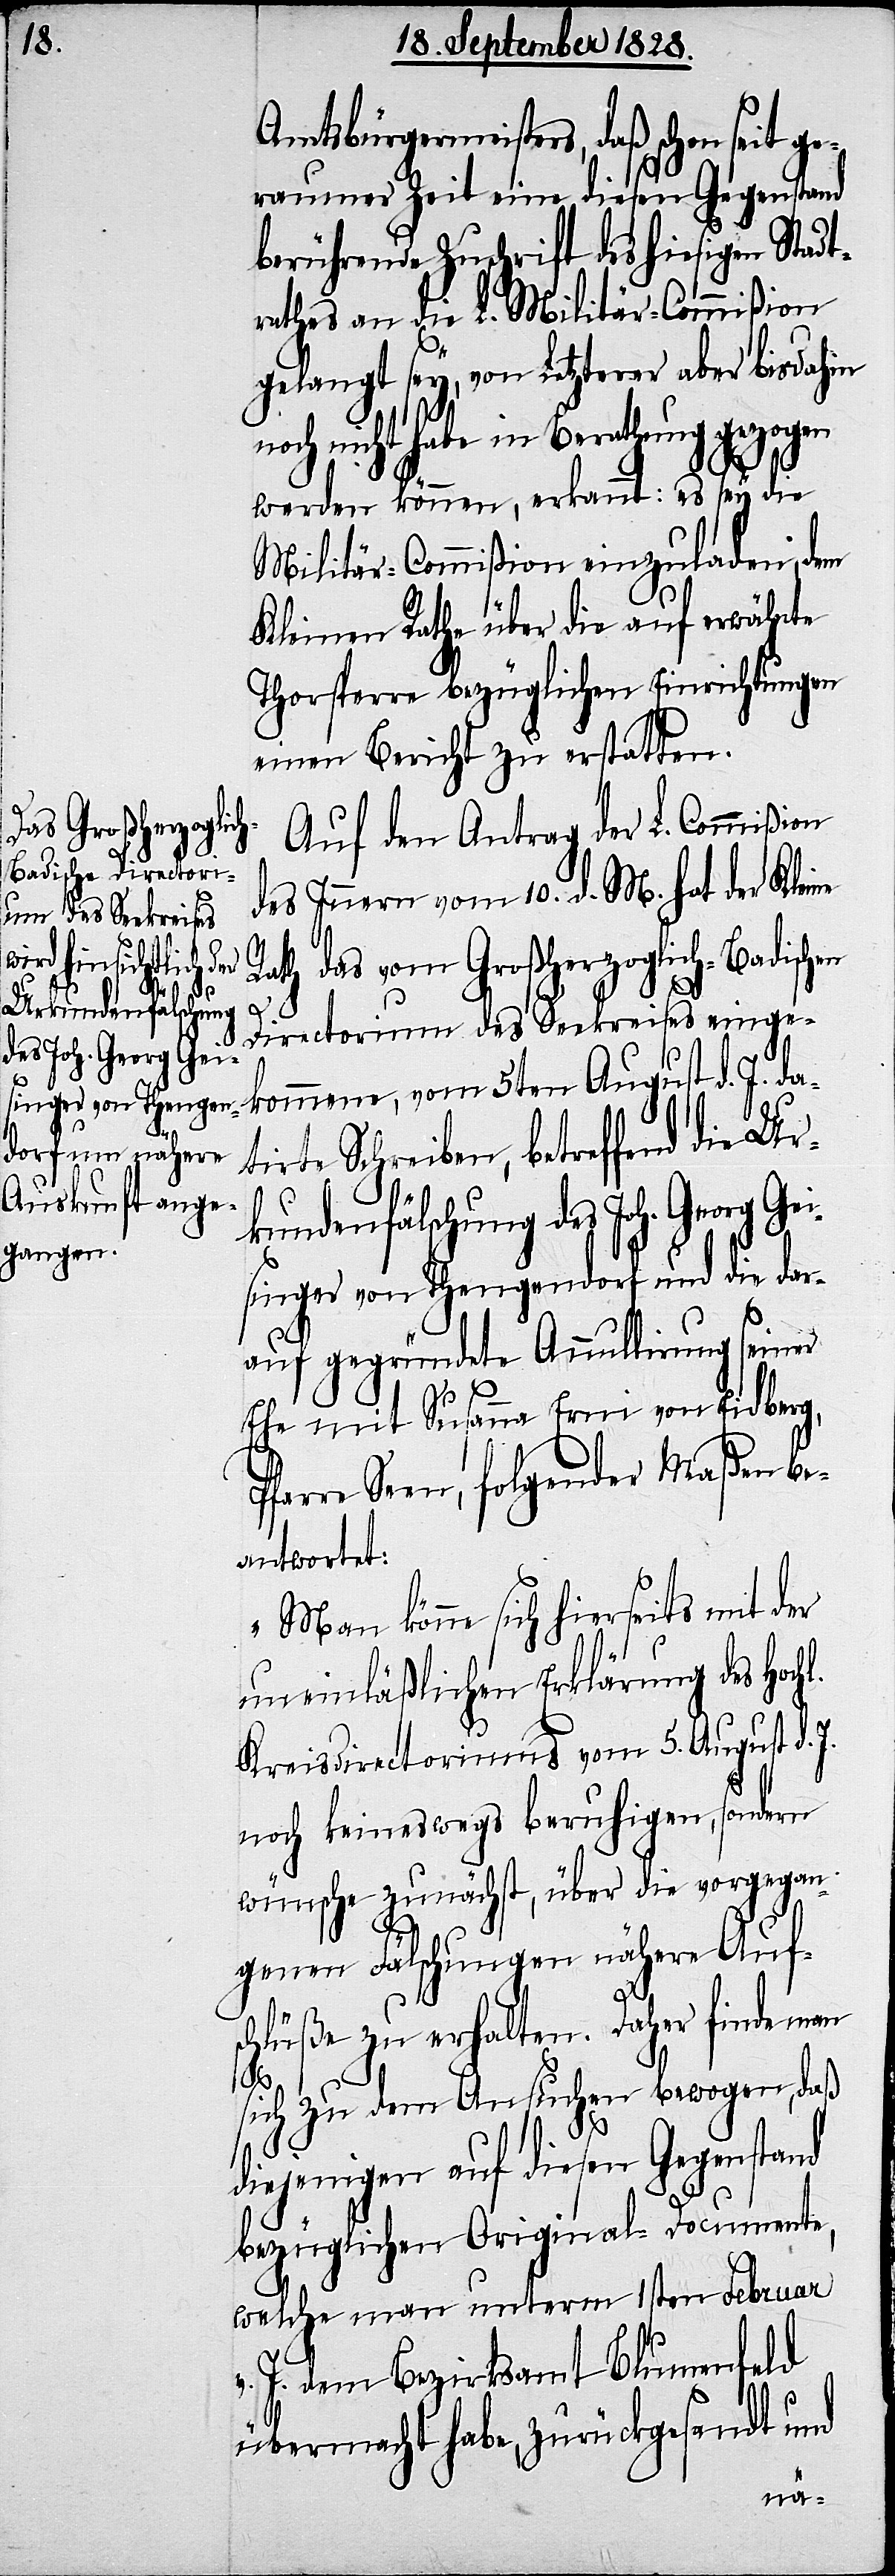
Urkundenfälschung
des Joh. Georg Gei¬

Amtsburgermeisters, daß schon seit ge¬
raumer Zeit eine diesen Gegenstand
berührende Zuschrift des hiesigen Stadt¬
rathes an die L. Militär-Commißion
gelangt sey, von Letzterer aber bisdahin
nicht habe in Berathung gezogen
werden können, erkannt: es sey die
Militär-Commißion einzuladen, dem
Kleine Rathe über die auf erwähnte
Thorsperre bezüglichen Einrichtungen
einen Bericht zu erstatten.
Auf den Antrag der L. Commißion
des Innern vom 10. d. M. hat der Kleine
Rath das vom Großherzoglich-Badischen
Directorium des Seekreises einge¬
kommene, vom 5ten August d. J. da¬
tirte Schreiben, betreffend die
singer von Thengendorf und die dar¬
auf gegründete Annulirung seiner
Ehe mit Susanna Erni von Eidberg,
Pfarre Seen, folgender Maßen be¬
antwortet:
„Man könne sich hierseits mit der
uneinläßlichen Erklärung des Hoch¬
Kreisdirectoriums vom 5. August d. J.
noch keineswegs beruhigen, sondern
wünsche zunächst, über die vorgegan¬
genen Fälschungen nähere Auf¬
l.
schlüße zu erhalten. Daher finde man
sich zu dem Ansuchen bewogen, daß
diejenigen auf diesen Gegenstand
bezüglichen Original-Documente,
welche man unterm 1sten Februar
J. dem Bezirksamt Blumenfeld
übermacht habe, zurückgesandt und